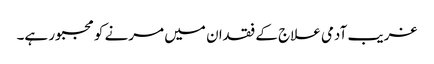
غریب آدمی علاج کے فقدان میں مرنے کو مجبور ہے۔